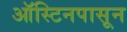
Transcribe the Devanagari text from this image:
ऑस्टिनपासून